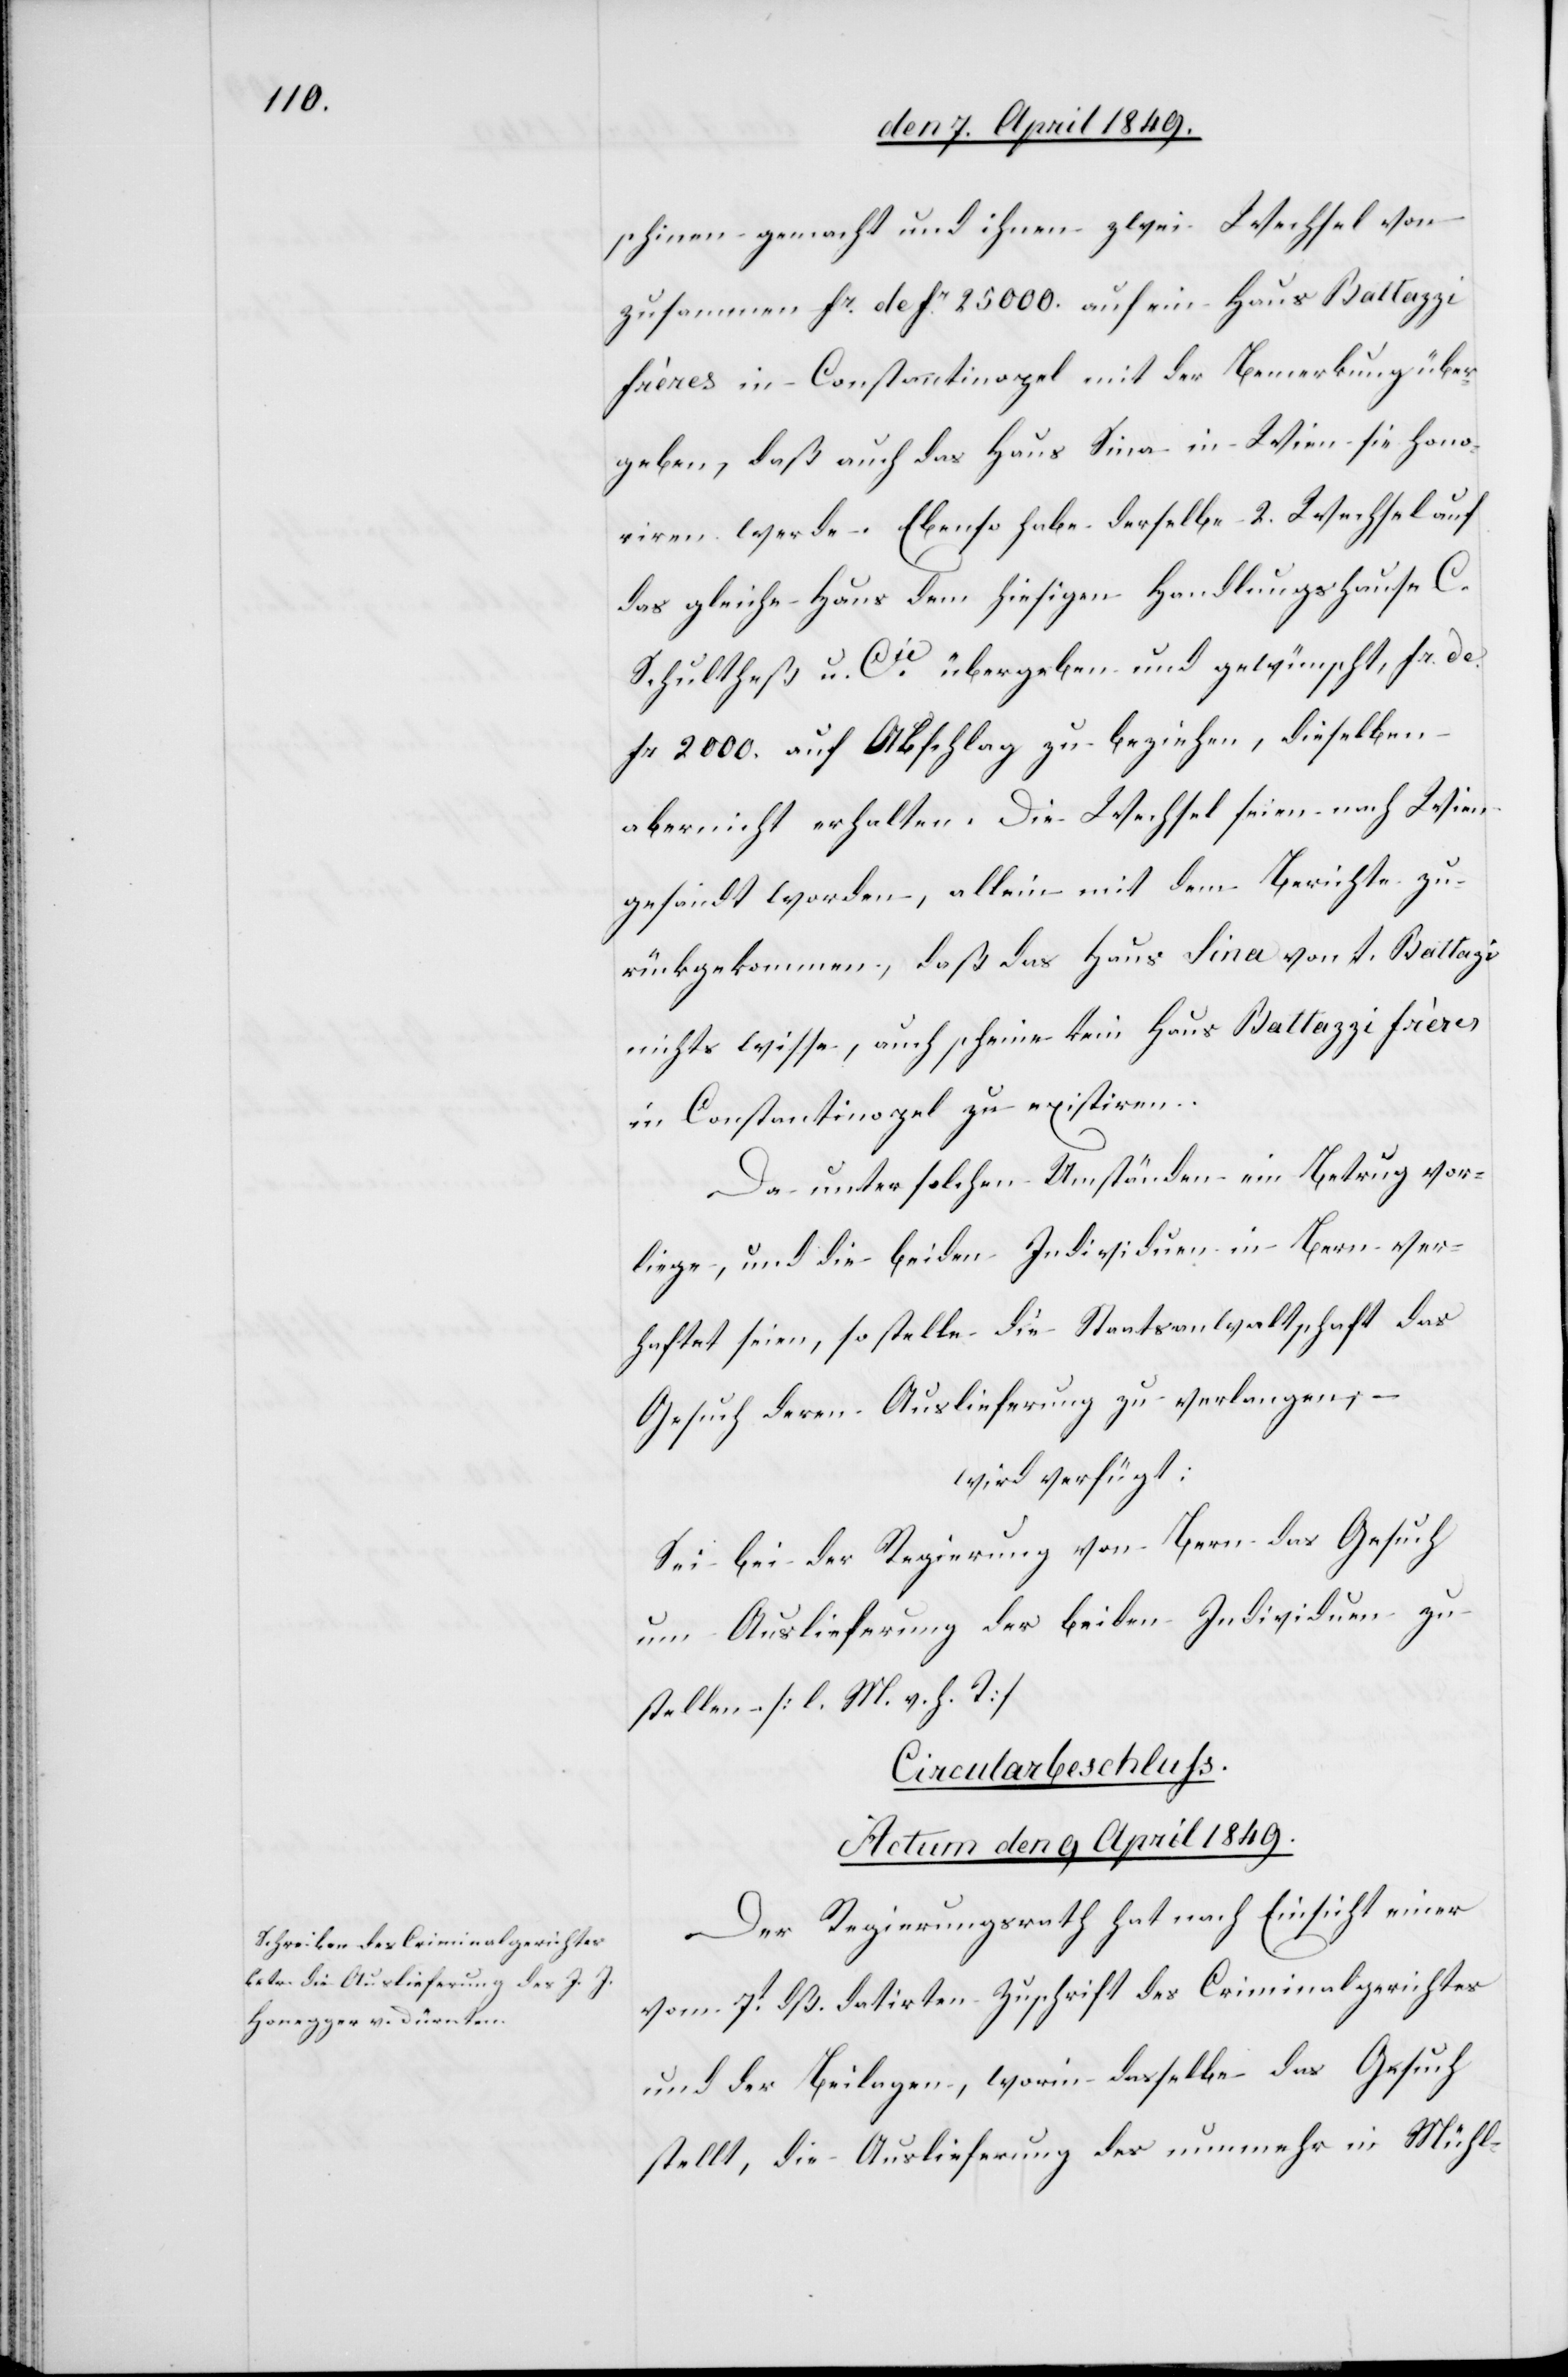
schinen gemacht und ihnen zwei Wechsel von
zusammen fr defr 25 000. auf ein Haus Battazzi
frères in Constantinopel mit der Bemerkung über¬
geben, daß auch das Haus Sina in Wien sie hono¬
riren werde. Ebenso habe derselbe 2. Wechsel auf
das gleiche Haus dem hiesigen Handlungshause C.
Schultheß u. Cie übergeben und gewünscht, fr. de.
fr 2000. auf Abschlag zu beziehen, dieselben
aber nicht erhalten. Die Wechsel seien nach Wien
gesandt worden, allein mit dem Berichte zu¬
rückgekommen, daß das Haus Sina von A. Battazi
nichts wisse, auch scheine kein Haus Battazzi frères
in Constantinopel zu existirten.
Da unter solchen Umständen ein Betrug vor¬
liege, und die beiden Individuen in Bern ver¬
haftet seien, so stelle die Staatsanwaltschaft das
Gesuch deren Auslieferung zu verlangen; –
wird verfügt:
Sei bei der Regierung von Bern das Gesuch
um Auslieferung der beiden Individuen zu
stellen [l. M. h. T][.]
Circularbeschluss.
Actum den 9. April 1849.
Der Regierungsrath hat nach Einsicht einer
vom 7t dß. datirten Zuschrift des Criminalgerichtes
und der Beilagen, worin dasselbe das Gesuch
stellt, die Auslieferung des nunmehr in Mühl-